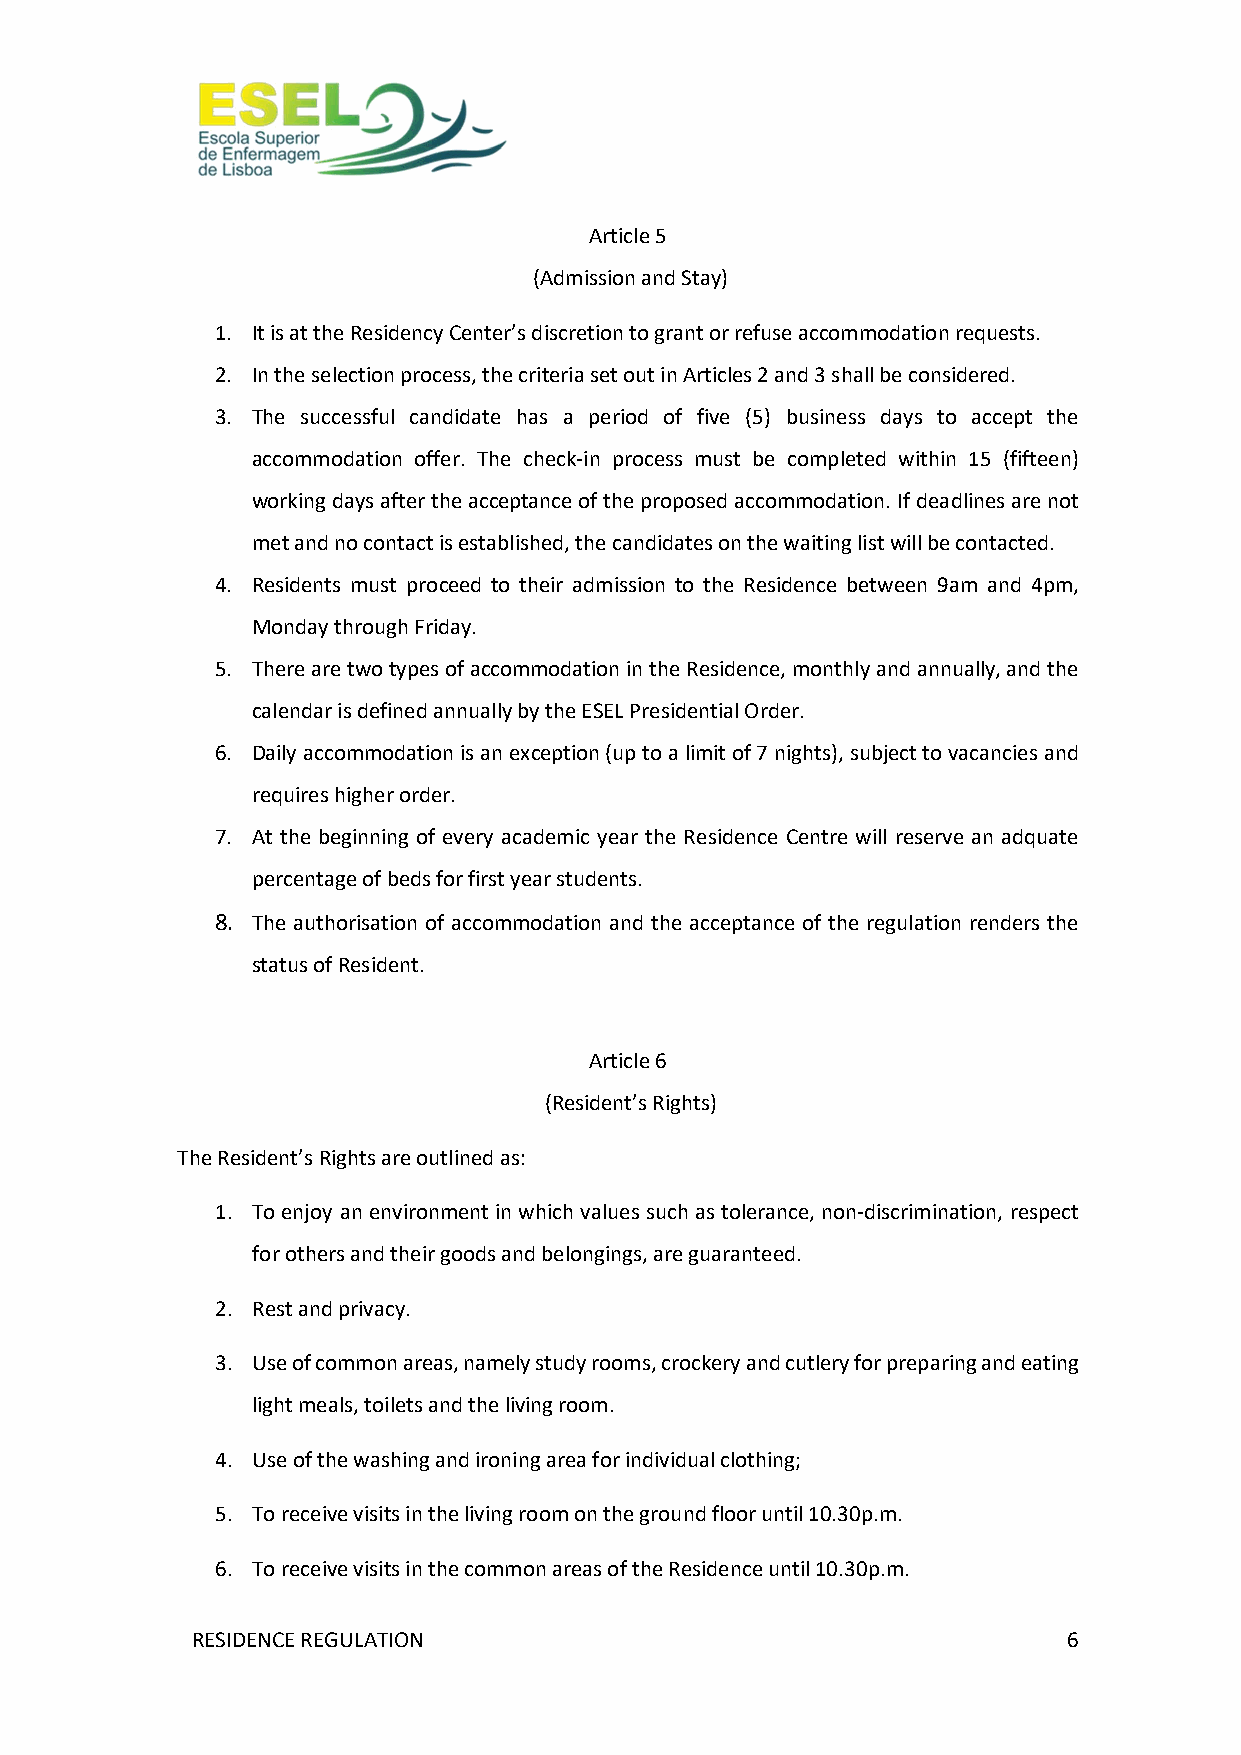
Article 5
 (Admission and Stay)
 1. It is at the Residency Center’s discretion to grant or refuse accommodation requests.
 2. In the selection process, the criteria set out in Articles 2 and 3 shall be considered.
 3. The successful candidate has a period of five (5) business days to accept the
 accommodation offer. The check-in process must be completed within 15 (fifteen)
 working days after the acceptance of the proposed accommodation. If deadlines are not
 met and no contact is established, the candidates on the waiting list will be contacted.
 4. Residents must proceed to their admission to the Residence between 9am and 4pm,
 Monday through Friday.
 5. There are two types of accommodation in the Residence, monthly and annually, and the
 calendar is defined annually by the ESEL Presidential Order.
 6. Daily accommodation is an exception (up to a limit of 7 nights), subject to vacancies and
 requires higher order.
 7. At the beginning of every academic year the Residence Centre will reserve an adquate
 percentage of beds for first year students.
 8. The authorisation of accommodation and the acceptance of the regulation renders the
 status of Resident.
 Article 6
 (Resident’s Rights)
 The Resident’s Rights are outlined as:
 1. To enjoy an environment in which values such as tolerance, non-discrimination, respect
 for others and their goods and belongings, are guaranteed.
 2. Rest and privacy.
 3. Use of common areas, namely study rooms, crockery and cutlery for preparing and eating
 light meals, toilets and the living room.
 4. Use of the washing and ironing area for individual clothing;
 5. To receive visits in the living room on the ground floor until 10.30p.m.
 6. To receive visits in the common areas of the Residence until 10.30p.m.
 RESIDENCE REGULATION                                      6